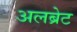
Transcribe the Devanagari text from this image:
अलब्रेट